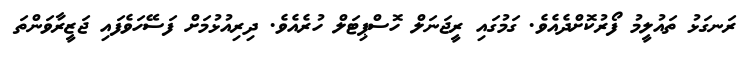
ރަނގަޅު ތައުލީމު ފޯރުކޮށްދެއެވެ. ގަމުގައި ރީޖަނަލް ހޮސްޕިޓަލް ހުރެއެވެ. ދިރިއުޅުމަށް ފަސޭހަވެފައި ޖަޒީރާވަންތަ